Source: Handwritten
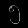
Digit: ၅ (5)